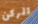
الركن